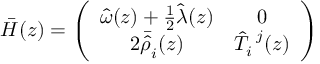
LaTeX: \bar { H } ( z ) = \left( \begin{array} { c c } { { \hat { \omega } ( z ) + \textstyle { \frac { 1 } { 2 } } \hat { \lambda } ( z ) } } & { { 0 } } \\ { { 2 \bar { \hat { \rho } } _ { i } ( z ) } } & { { \hat { T } _ { i } ^ { ~ j } ( z ) } } \end{array} \right)